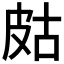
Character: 𤿛